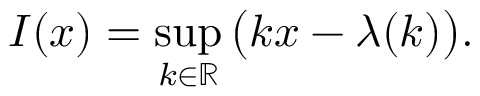
I ( x ) = \operatorname* { s u p } _ { k \in \mathbb { R } } \big ( k x - \lambda ( k ) \big ) .